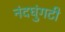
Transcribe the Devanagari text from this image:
नंदघुंगटी